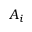
A _ { i }